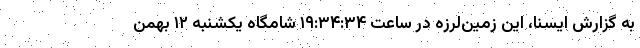
به گزارش ایسنا، این زمین‌لرزه در ساعت ۱۹:۳۴:۳۴ شامگاه یکشنبه ۱۲ بهمن